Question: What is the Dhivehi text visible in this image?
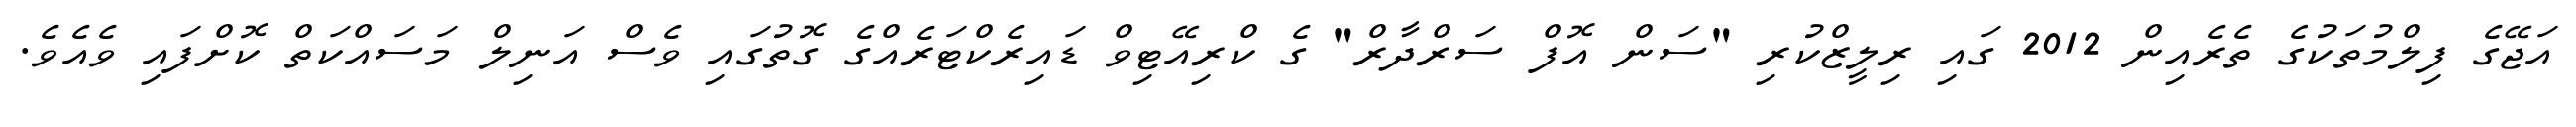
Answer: އަޖޭގެ ފިލްމުތަކުގެ ތެރެއިން 2012 ގައި ރިލީޒްކުރި "ސަން އޮފް ސަރްދާރް" ގެ ކްރިއޭޓިވް ޑައިރެކްޓަރެއްގެ ގޮތުގައި ވެސް އަނިލް މަސައްކަތް ކޮށްފައި ވެއެވެ.